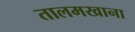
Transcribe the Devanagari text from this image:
तालमखाना